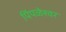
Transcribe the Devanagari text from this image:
पिंपळेश्‍वर